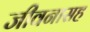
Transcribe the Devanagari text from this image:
जीवनासह